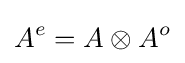
A^{e}=A\otimes A^{o}